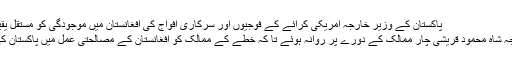
پاکستان کے وزیر خارجہ امریکی کرائے کے فوجیوں اور سرکاری افواج کی افغانستان میں موجودگی کو مستقل یقینی بنانے کی کوشش کررہے ہیں
24 دسمبر 2018 کو وزیر خارجہ شاہ محمود قریشی چار ممالک کے دورے پر روانہ ہوئے تا کہ خطے کے ممالک کو افغانستان کے مصالحتی عمل میں پاکستان کی حالیہ کوشش سے آگاہ کرسکیں۔